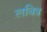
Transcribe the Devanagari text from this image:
लवित्र